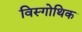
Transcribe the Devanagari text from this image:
विस्गोथिक